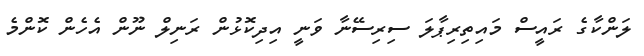
ލަންކާގެ ރައީސް މައިތިރިޕާލަ ސިރިސޭނާ ވަނީ އިދިކޮޅުން ރަނިލް ނޫން އެހެން ކޮންމެ